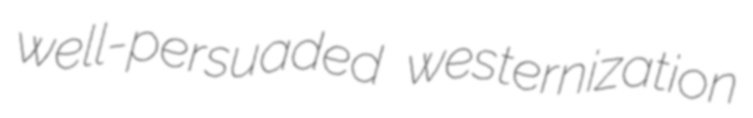
well-persuaded westernization